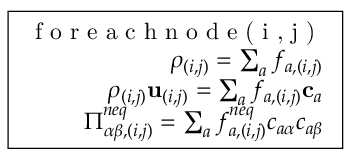
\boxed { \begin{array} { r c l } { \textrm { f o r e a c h n o d e ( i , j ) } } \\ { \rho _ { ( i , j ) } = \sum _ { a } f _ { a , ( i , j ) } } \\ { \rho _ { ( i , j ) } \mathbf { u } _ { ( i , j ) } = \sum _ { a } f _ { a , ( i , j ) } \mathbf { c } _ { a } } \\ { \Pi _ { \alpha \beta , ( i , j ) } ^ { n e q } = \sum _ { a } f _ { a , ( i , j ) } ^ { n e q } c _ { a \alpha } c _ { a \beta } } \end{array} }